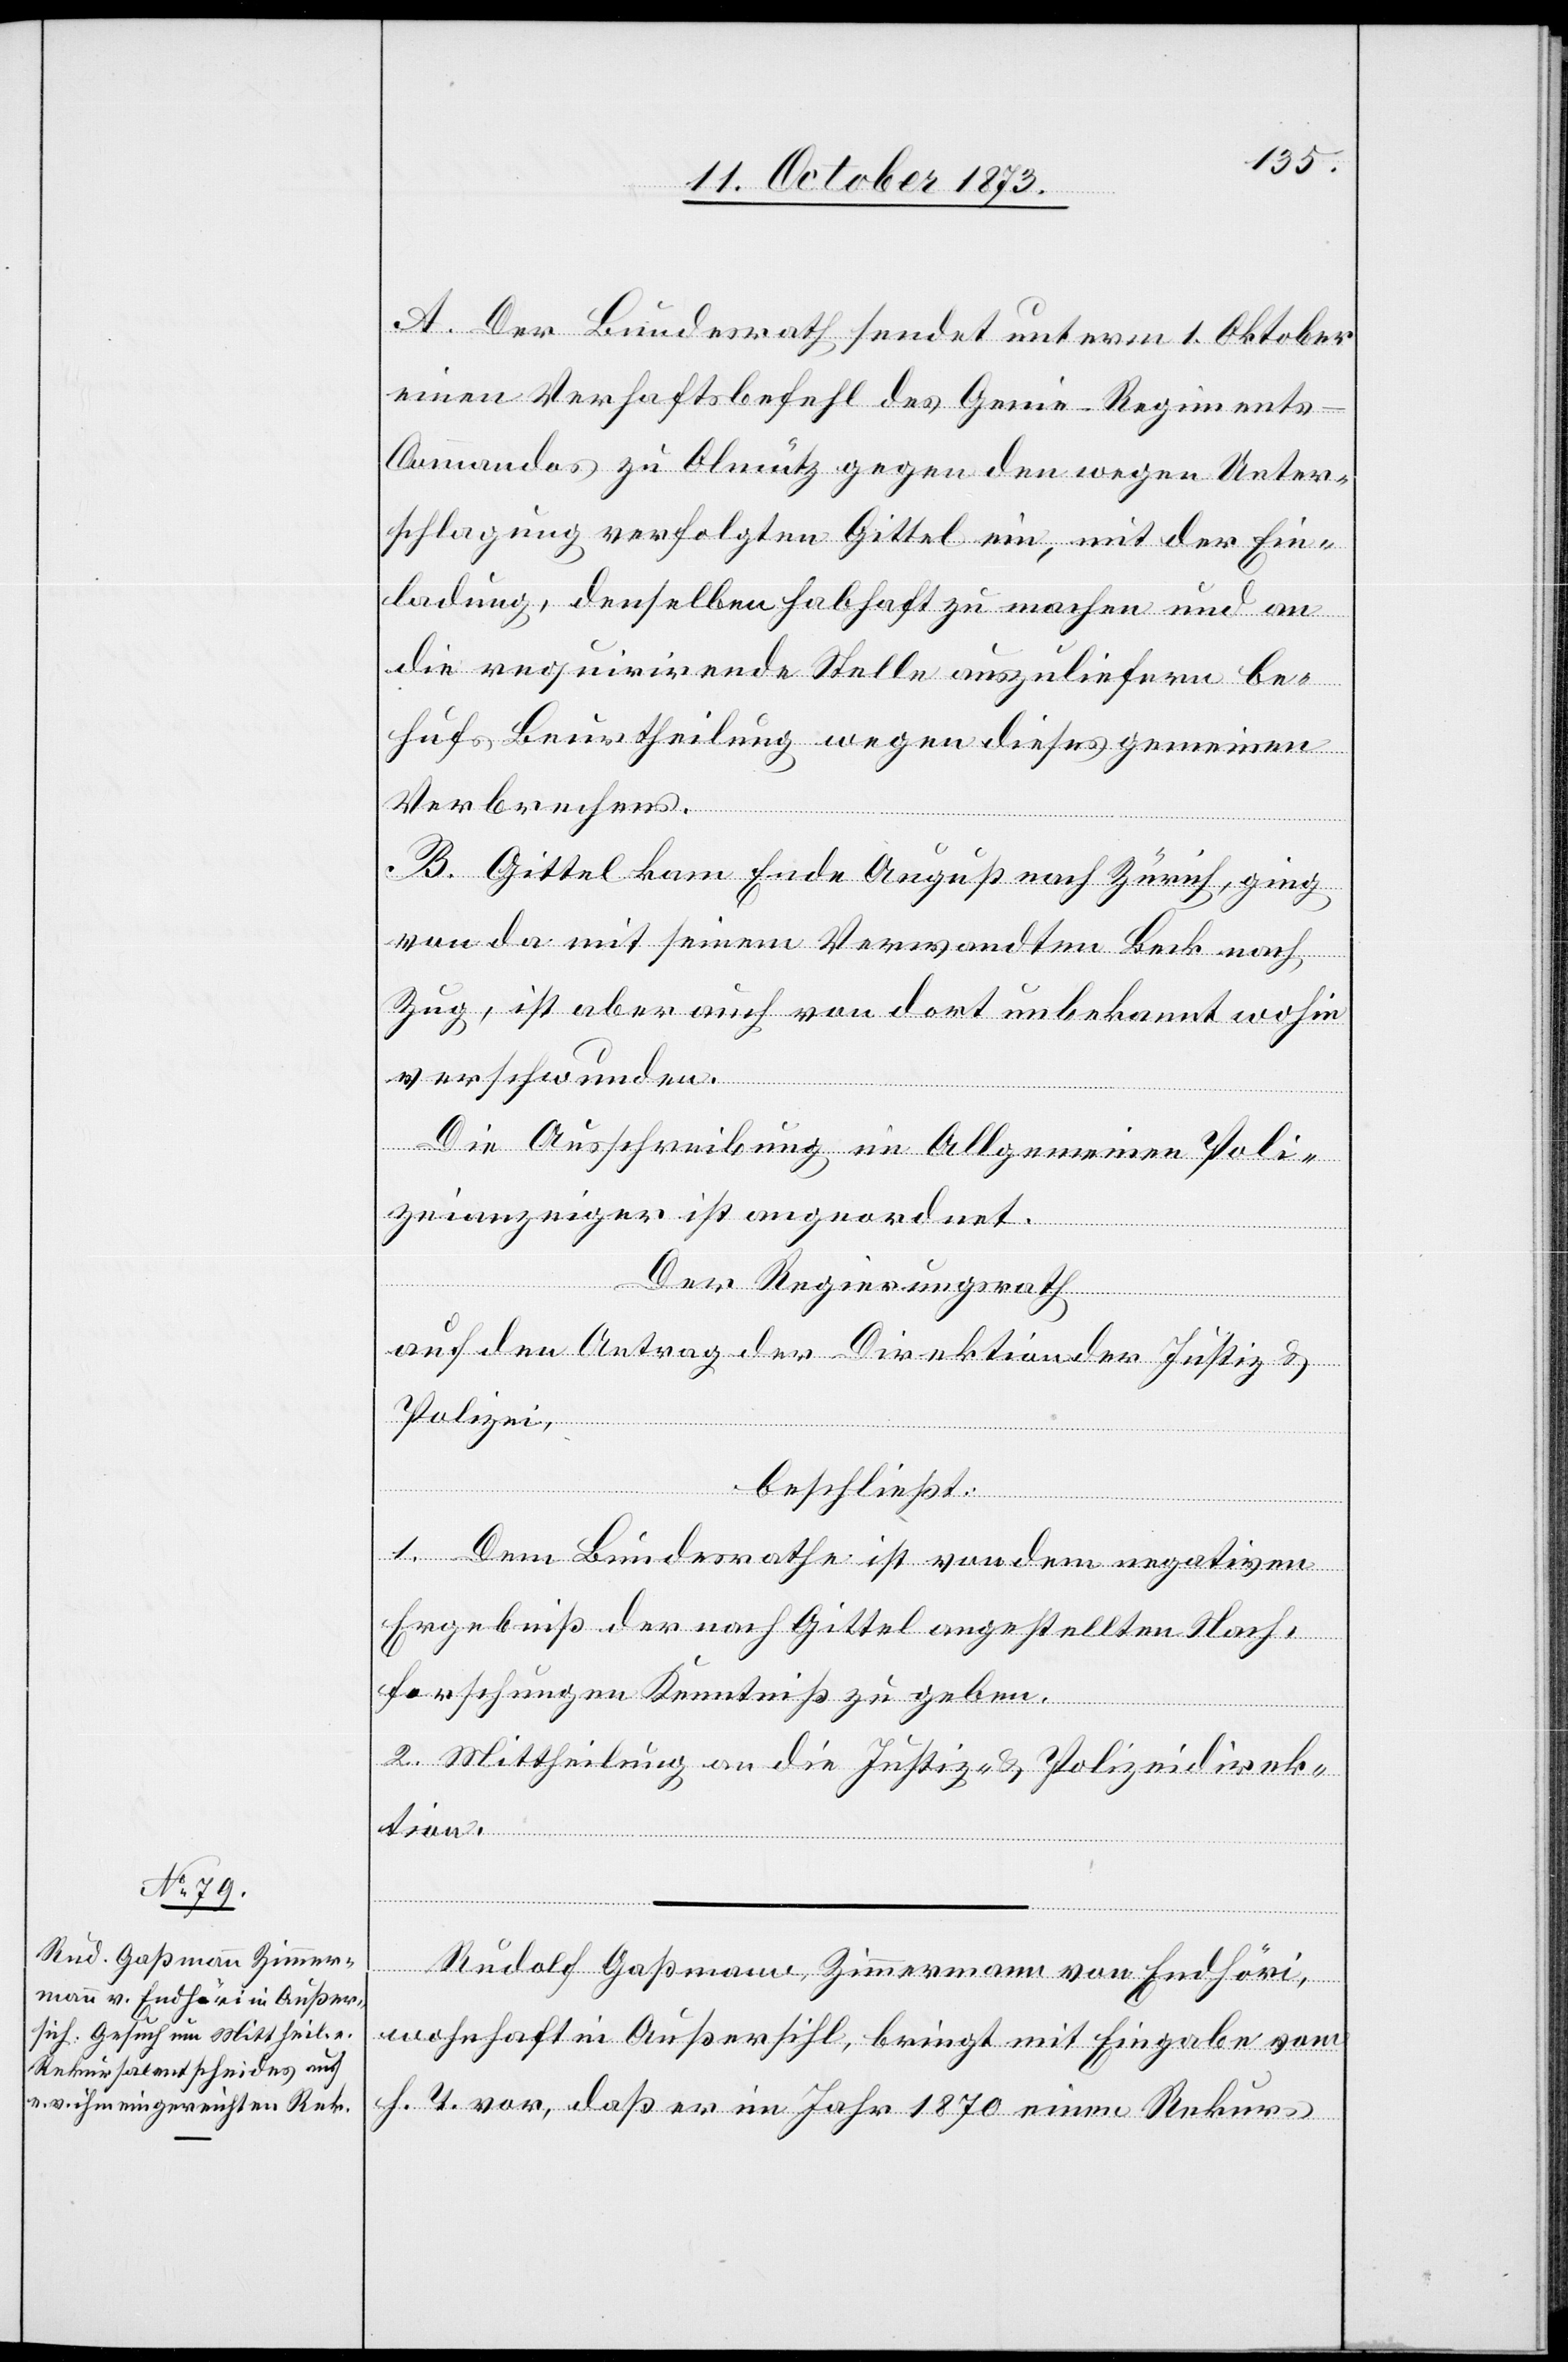
13. October 1873.]
A. Der Bundesrath sendet unterm 1. Oktober
einen Verhaftsbefehl des Genie-Regiment¬
s-Commandos zu Olmütz gegen den wegen Unter¬
schlagung verfolgten Gittel ein, mit der Ein¬
ladung, denselben habhaft zu machen und an
die requirirende Stelle auszuliefern be¬
hufs Beurtheilung wegen dieses gemeinen
Verbrechens.
B. Gittel kam Ende August nach Zürich, ging
von da mit seinem Verwandten Beck nach
Zug, ist aber auch von dort unbekannt wohin
verschwunden.
Die Ausschreibung im Allgemeinen Poli¬
zeianzeiger ist angeordnet.
Der Regierungsrath
auf den Antrag der Direktion der Justiz &
Polizei,
beschließt:
1. Dem Bundesrathe ist von dem negativen
Ergebniß der nach Gittel angestellten Nach¬
forschungen Kenntniß zu geben.
2. Mittheilung an die Justiz- & Polizeidirek¬
tion.
Rudolf Gaßmann, Zimmermann von Endhöri,
wohnhaft in Außersihl, bringt mit Eingabe vom
h. T. vor, daß er im Jahr 1870 einen Rekurs